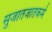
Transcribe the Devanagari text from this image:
सुजातजातकर्म